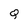
Character: Q